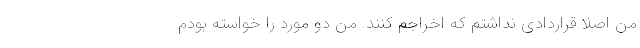
من اصلا قراردادی نداشتم که اخراجم کنند. من دو مورد را خواسته بودم